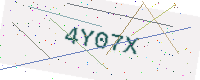
Text: 4Y07X